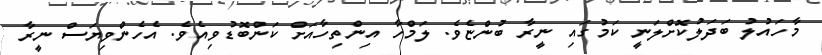
މާހައުލު ބަދަލުކޮށްލަނީ ކަމުގައި ނީރާ ބުންޏެވެ. ލަމްހާ އިންތިހާއަށް ކަންބޮޑުވިއެވެ. އެހެންވިޔަސް ނީރާ